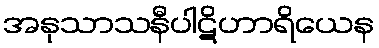
အနုသာသနီပါဋိဟာရိယေန